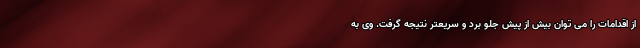
از اقدامات را می توان بیش از پیش جلو برد و سریعتر نتیجه گرفت. وی به